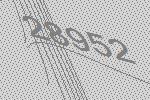
28952